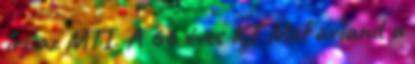
írj az MTI. A 66 éves KT McFarland a